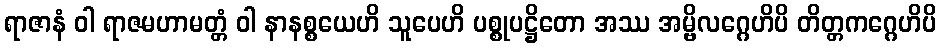
ရာဇာနံ ဝါ ရာဇမဟာမတ္တံ ဝါ နာနစ္စယေဟိ သူပေဟိ ပစ္စုပဋ္ဌိတော အဿ အမ္ဗိလဂ္ဂေဟိပိ တိတ္တကဂ္ဂေဟိပိ